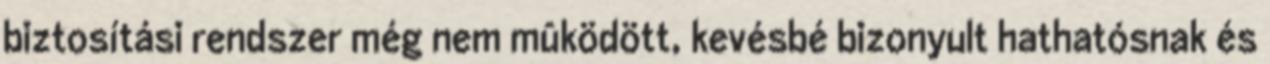
biztosítási rendszer még nem mûködött, kevésbé bizonyult hathatósnak és